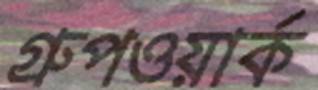
গ্রুপওয়ার্ক